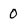
Character: 0